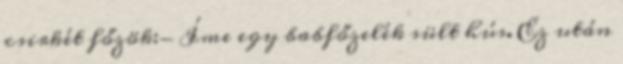
csirkét főzök:- Íme egy babfőzelék sült hús. Ez után